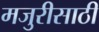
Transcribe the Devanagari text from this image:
मजुरीसाठी